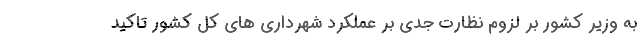
به وزیر کشور بر لزوم نظارت جدی بر عملکرد شهرداری های کل کشور تاکید